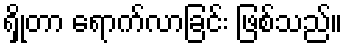
ရှိုတာ ရောက်လာခြင်း ဖြစ်သည်။